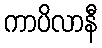
ကာပိလာနီ